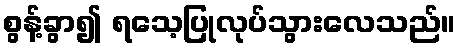
စွန့်ခွာ၍ ရသေ့ပြုလုပ်သွားလေသည်။